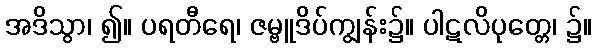
အဒိသွာ၊ ၍။ ပရတီရေ၊ ဇမ္ဗူဒိပ်ကျွန်း၌။ ပါဋလိပုတ္တေ၊ ၌။